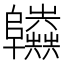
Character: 𨽫